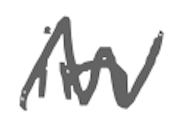
Text: in
Cross-out: zig-zag
Writing tool: digital_gray